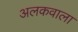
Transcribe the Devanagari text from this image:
अलकवाला